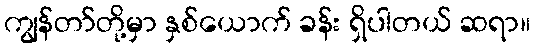
ကျွန်တာ်တို့မှာ နှစ်ယောက် ခန်း ရှိပါတယ် ဆရာ။